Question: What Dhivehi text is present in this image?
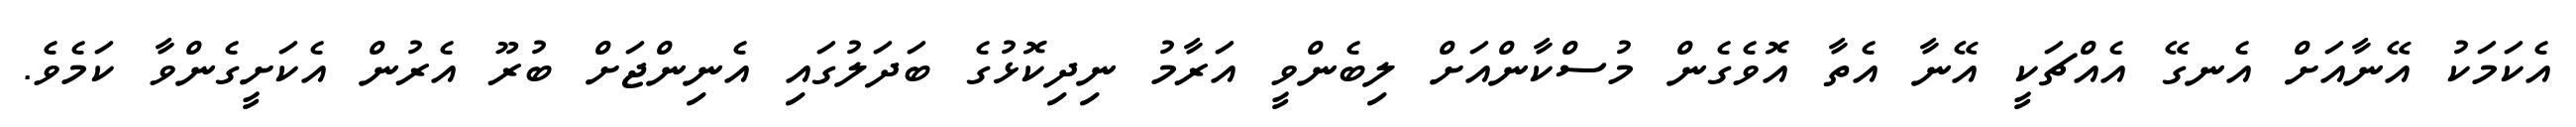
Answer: އެކަމަކު އޭނާއަށް އެނގޭ އެއްޗަކީ އޭނާ އެތާ އޮވެގެން މުސްކާންއަށް ލިބެންވީ އަރާމު ނިދިކޮޅުގެ ބަދަލުގައި އެނިންޖަށް ބުރޫ އެރުން އެކަށީގެންވާ ކަމެވެ.